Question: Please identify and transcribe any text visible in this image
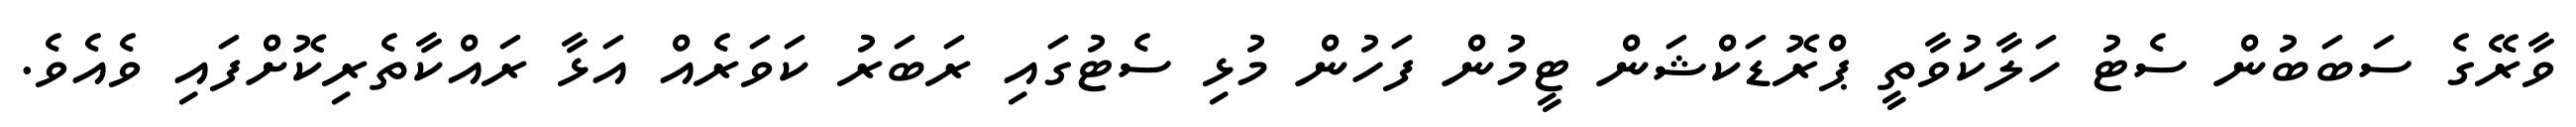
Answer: ވާރޭގެ ސަބަބުން ސެޓު ހަލާކުވާތީ ޕްރޮޑަކްޝަން ޓީމުން ފަހުން މުޅި ސެޓުގައި ރަބަރު ކަވަރެއް އަޅާ ރައްކާތެރިކޮށްފައި ވެއެވެ.